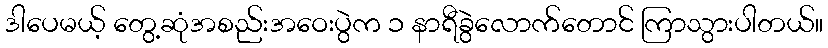
ဒါပေမယ့် တွေ့ဆုံအစည်းအဝေးပွဲက ၁ နာရီခွဲလောက်တောင် ကြာသွားပါတယ်။